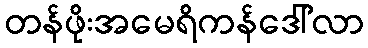
တန်ဖိုးအမေရိကန်ဒေါ်လာ